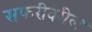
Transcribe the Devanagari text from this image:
सफरीवरील